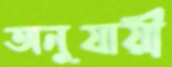
অনুযায়ী